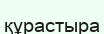
құрастыра